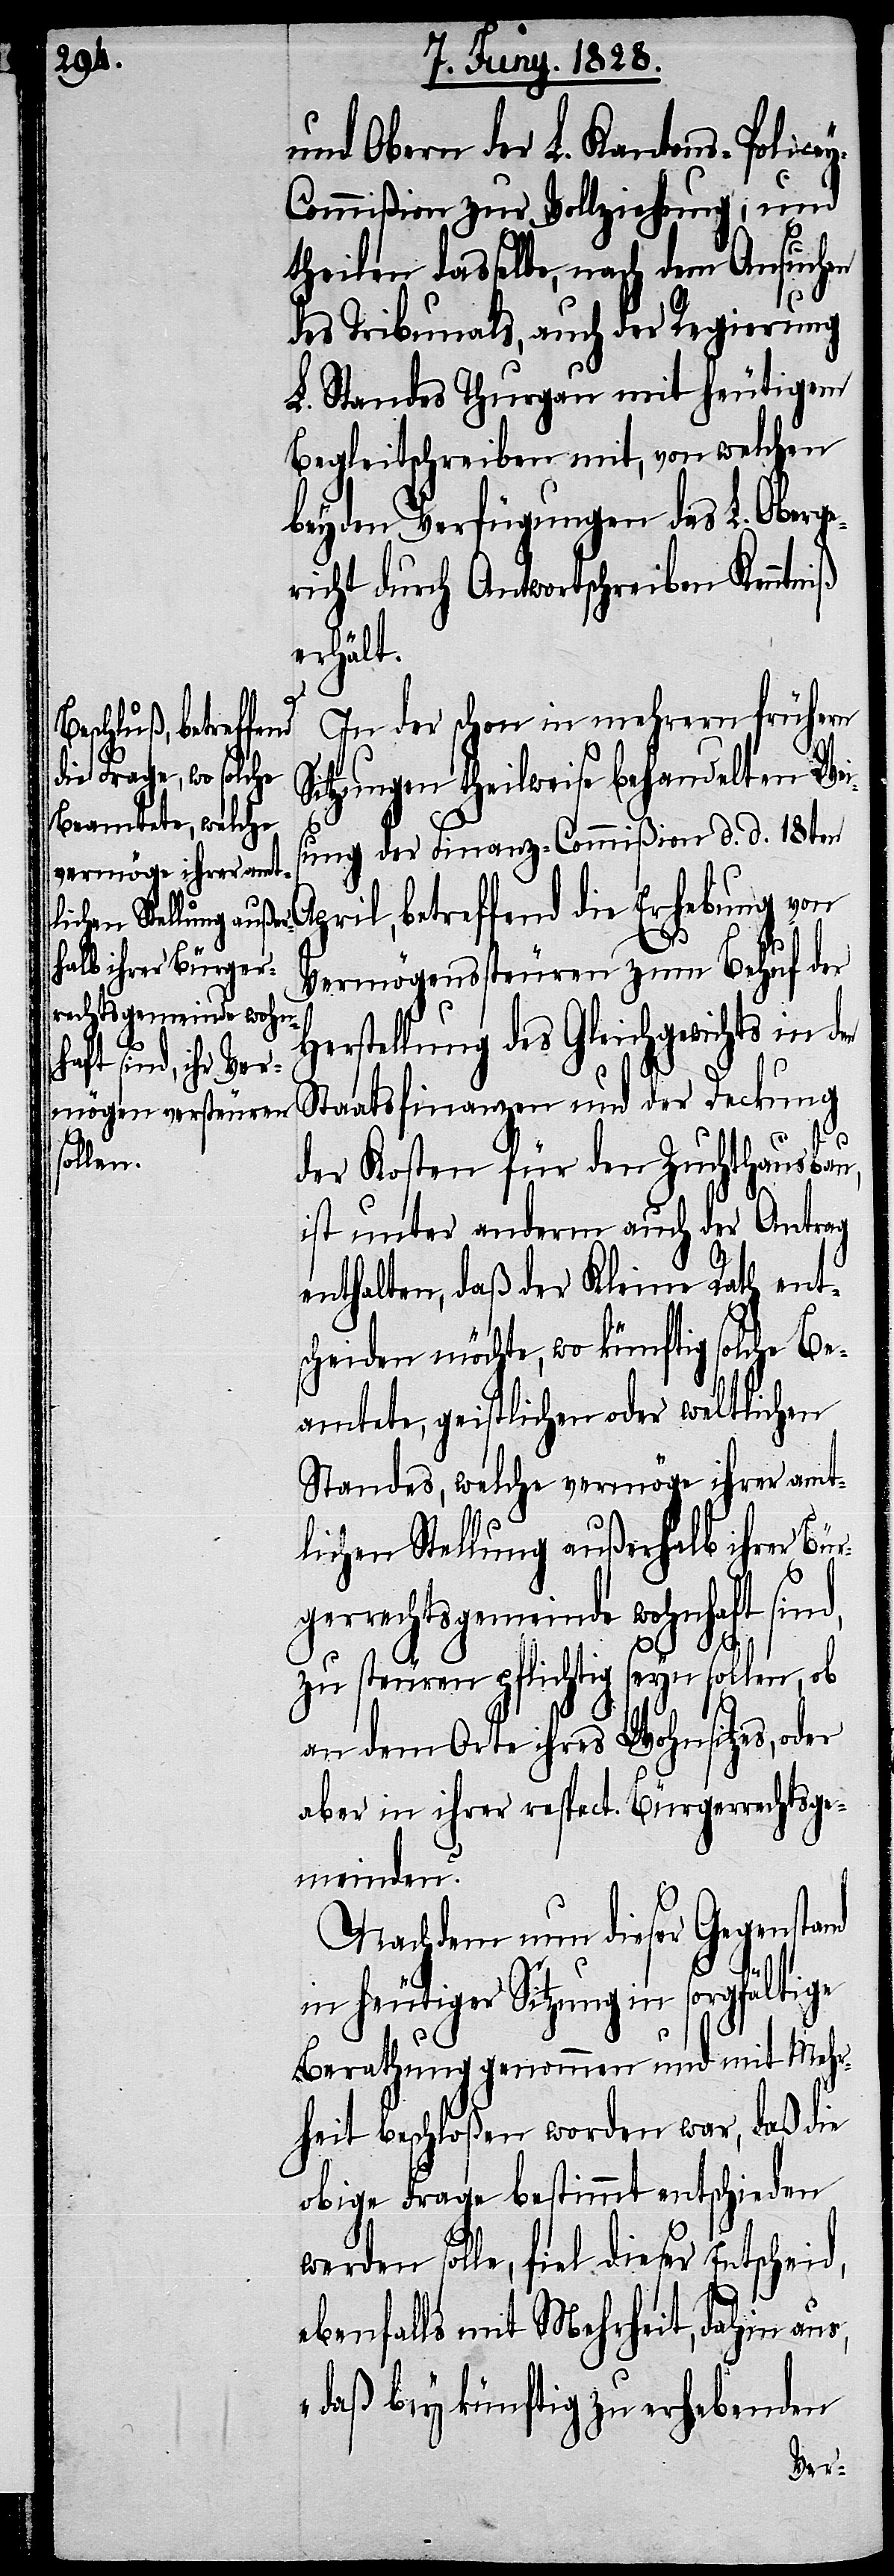
und Obern der L. Kantons-Police¬
y-Commißion zur Vollziehung, und
theilen dasselbe, nach dem Ansuchen
des Tribunals, auch der Regierung
L. Standes Thurgau mit heutigem
Begleitschreiben mit, von welchen
beyden Verfügungen das L. Oberge¬
richt durch Antwortschreiben Kenntniß
erhält.
In der schon in mehrern frühern
Sitzungen theilweise behandelten Wei¬
sung der Finanz-Commißion d. d. 18ten
il, betreffend die Erhebung von
Vermögenssteuren zum Behuf der
Herstellung des Gleichgewichts in den
Staatsfinanzen und der Deckung
der Kosten für den Zuchthausbau,
Apr¬
ist unter anderm auch der Antrag
enthalten, daß der Kleine Rath ent¬
scheiden möchte, wo künftig solche Be¬
amtete, geistlichen oder weltlichen
Standes, welche vermöge ihrer amt¬
lichen Stellung außerhalb ihrer Bür¬
gerrechtsgemeinde wohnhaft sind,
zu steuren pflichtig seyn sollen, ob
an dem Orte ihres Wohnsitzes, oder
aber in ihrer respect. Bürgerrechtsge¬
meinden?
Nachdem nun dieser Gegenstand
sorgfältige
in heutiger Sitzung in
Berathung genommen und mit Mehr¬
heit beschloßen worden war, daß die
obige Frage bestimmte entschieden
werden solle, fiel dieser Entscheid,
ebenfalls mit Mehrheit, dahin aus,
„daß bey künftig zu erhebenden